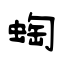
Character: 蜪